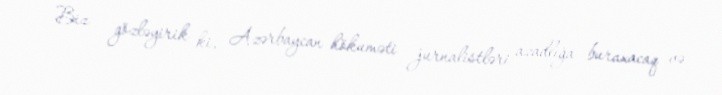
Biz gözləyirik ki, Azərbaycan hökuməti jurnalistləri azadlığa buraxacaq və